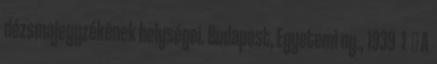
dézsmajegyzékének helységei. Budapest, Egyetemi ny., 1939 1 ↑ A